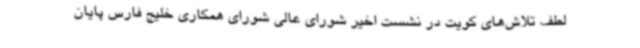
لطف تلاش‌های کویت در نشست اخیر شورای عالی شورای همکاری خلیج فارس پایان